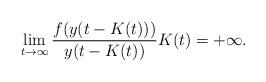
LaTeX: \begin{align*} \lim_{t\to\infty} \frac{f(y(t-K(t)))}{y(t-K(t))}K(t)=+\infty.\end{align*}